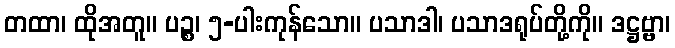
တထာ၊ ထိုအတူ။ ပဉ္စ၊ ၅-ပါးကုန်သော။ ပသာဒါ၊ ပသာဒရုပ်တို့ကို။ ဒဋ္ဌဗ္ဗာ၊